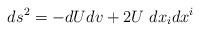
LaTeX: \begin{align*}ds^{2}= -dUdv + 2 U \ dx_i dx^i\end{align*}